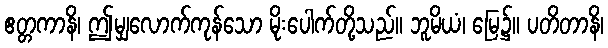
ဧတ္တကာနိ၊ ဤမျှလောက်ကုန်သော မိုးပေါက်တို့သည်။ ဘူမိယံ၊ မြေ၌။ ပတိတာနိ၊